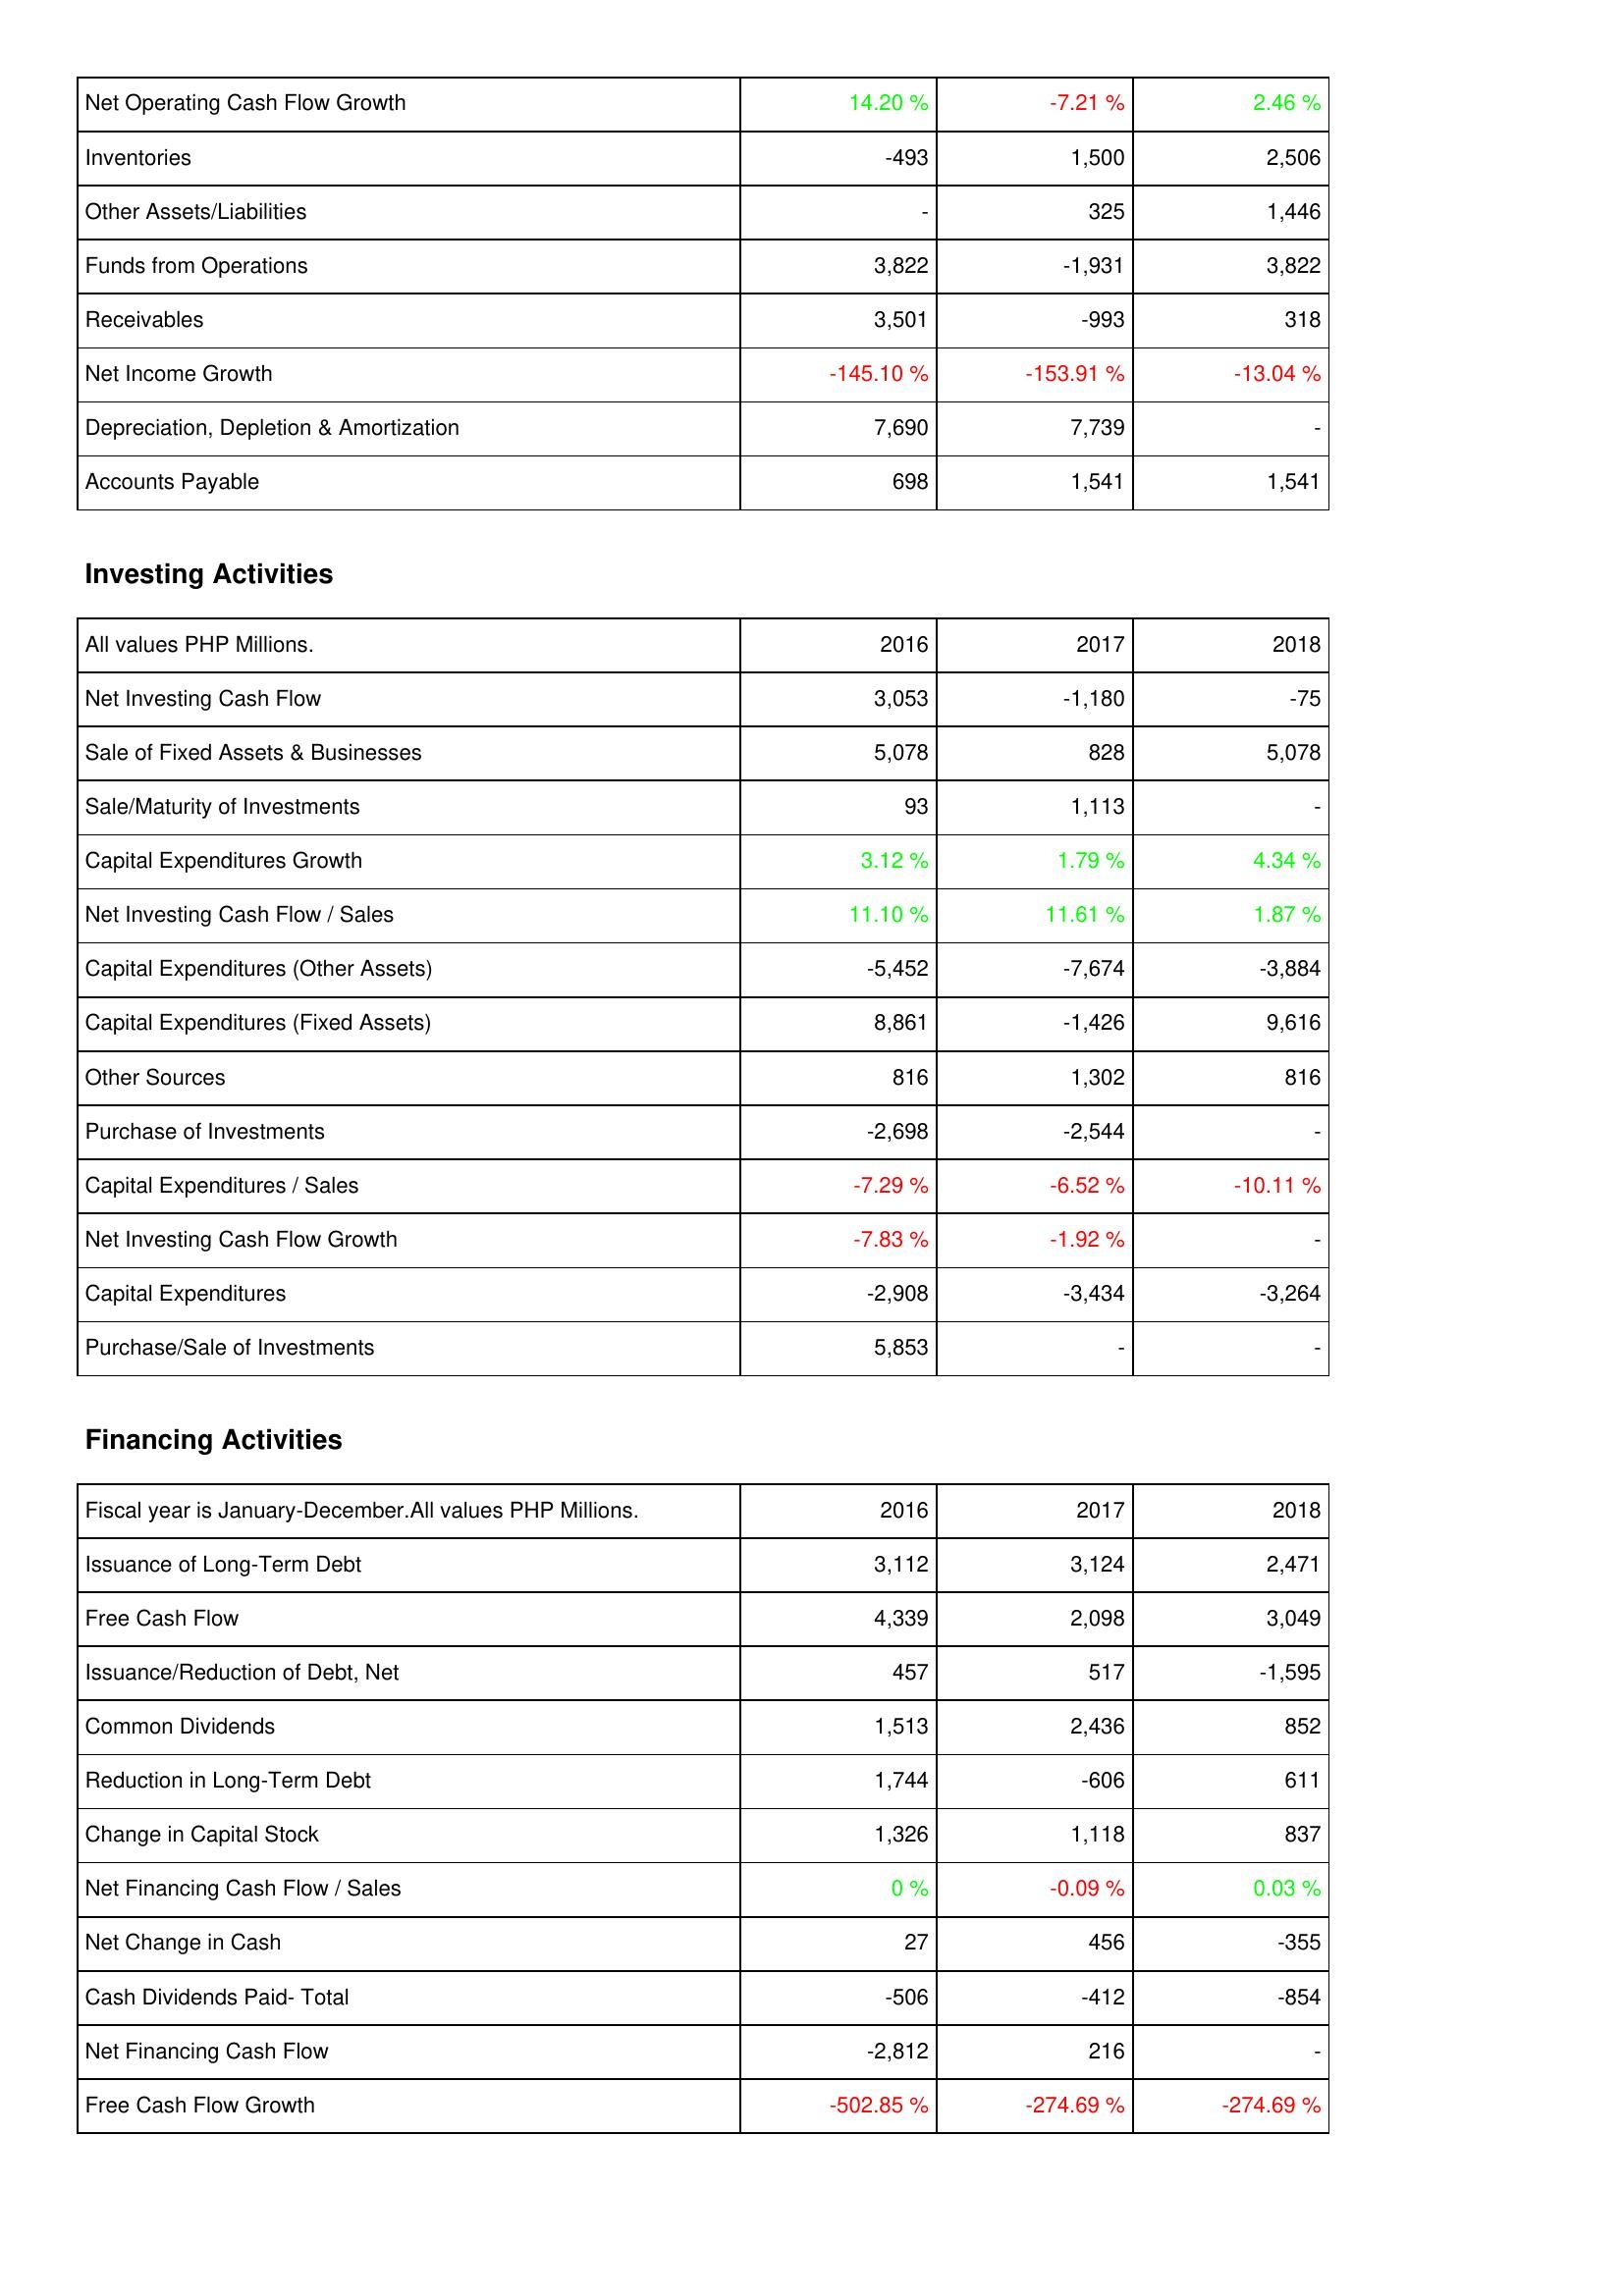
2016: Operating Activities: Net Operating Cash Flow Growth: 14.20 %
Inventories: -493
Other Assets/Liabilities: -
Funds from Operations: 3,822
Receivables: 3,501
Net Income Growth: -145.10 %
Depreciation, Depletion & Amortization: 7,690
Accounts Payable: 698
Investing Activities: Net Investing Cash Flow: 3,053
Sale of Fixed Assets & Businesses: 5,078
Sale/Maturity of Investments: 93
Capital Expenditures Growth: 3.12 %
Net Investing Cash Flow / Sales: 11.10 %
Capital Expenditures (Other Assets): -5,452
Capital Expenditures (Fixed Assets): 8,861
Other Sources: 816
Purchase of Investments: -2,698
Capital Expenditures / Sales: -7.29 %
Net Investing Cash Flow Growth: -7.83 %
Capital Expenditures: -2,908
Purchase/Sale of Investments: 5,853
Financing Activities: Issuance of Long-Term Debt: 3,112
Free Cash Flow: 4,339
Issuance/Reduction of Debt, Net: 457
Common Dividends: 1,513
Reduction in Long-Term Debt: 1,744
Change in Capital Stock: 1,326
Net Financing Cash Flow / Sales: 0 %
Net Change in Cash: 27
Cash Dividends Paid- Total: -506
Net Financing Cash Flow: -2,812
Free Cash Flow Growth: -502.85 %
2017: Operating Activities: Net Operating Cash Flow Growth: -7.21 %
Inventories: 1,500
Other Assets/Liabilities: 325
Funds from Operations: -1,931
Receivables: -993
Net Income Growth: -153.91 %
Depreciation, Depletion & Amortization: 7,739
Accounts Payable: 1,541
Investing Activities: Net Investing Cash Flow: -1,180
Sale of Fixed Assets & Businesses: 828
Sale/Maturity of Investments: 1,113
Capital Expenditures Growth: 1.79 %
Net Investing Cash Flow / Sales: 11.61 %
Capital Expenditures (Other Assets): -7,674
Capital Expenditures (Fixed Assets): -1,426
Other Sources: 1,302
Purchase of Investments: -2,544
Capital Expenditures / Sales: -6.52 %
Net Investing Cash Flow Growth: -1.92 %
Capital Expenditures: -3,434
Purchase/Sale of Investments: -
Financing Activities: Issuance of Long-Term Debt: 3,124
Free Cash Flow: 2,098
Issuance/Reduction of Debt, Net: 517
Common Dividends: 2,436
Reduction in Long-Term Debt: -606
Change in Capital Stock: 1,118
Net Financing Cash Flow / Sales: -0.09 %
Net Change in Cash: 456
Cash Dividends Paid- Total: -412
Net Financing Cash Flow: 216
Free Cash Flow Growth: -274.69 %
2018: Operating Activities: Net Operating Cash Flow Growth: 2.46 %
Inventories: 2,506
Other Assets/Liabilities: 1,446
Funds from Operations: 3,822
Receivables: 318
Net Income Growth: -13.04 %
Depreciation, Depletion & Amortization: -
Accounts Payable: 1,541
Investing Activities: Net Investing Cash Flow: -75
Sale of Fixed Assets & Businesses: 5,078
Sale/Maturity of Investments: -
Capital Expenditures Growth: 4.34 %
Net Investing Cash Flow / Sales: 1.87 %
Capital Expenditures (Other Assets): -3,884
Capital Expenditures (Fixed Assets): 9,616
Other Sources: 816
Purchase of Investments: -
Capital Expenditures / Sales: -10.11 %
Net Investing Cash Flow Growth: -
Capital Expenditures: -3,264
Purchase/Sale of Investments: -
Financing Activities: Issuance of Long-Term Debt: 2,471
Free Cash Flow: 3,049
Issuance/Reduction of Debt, Net: -1,595
Common Dividends: 852
Reduction in Long-Term Debt: 611
Change in Capital Stock: 837
Net Financing Cash Flow / Sales: 0.03 %
Net Change in Cash: -355
Cash Dividends Paid- Total: -854
Net Financing Cash Flow: -
Free Cash Flow Growth: -274.69 %